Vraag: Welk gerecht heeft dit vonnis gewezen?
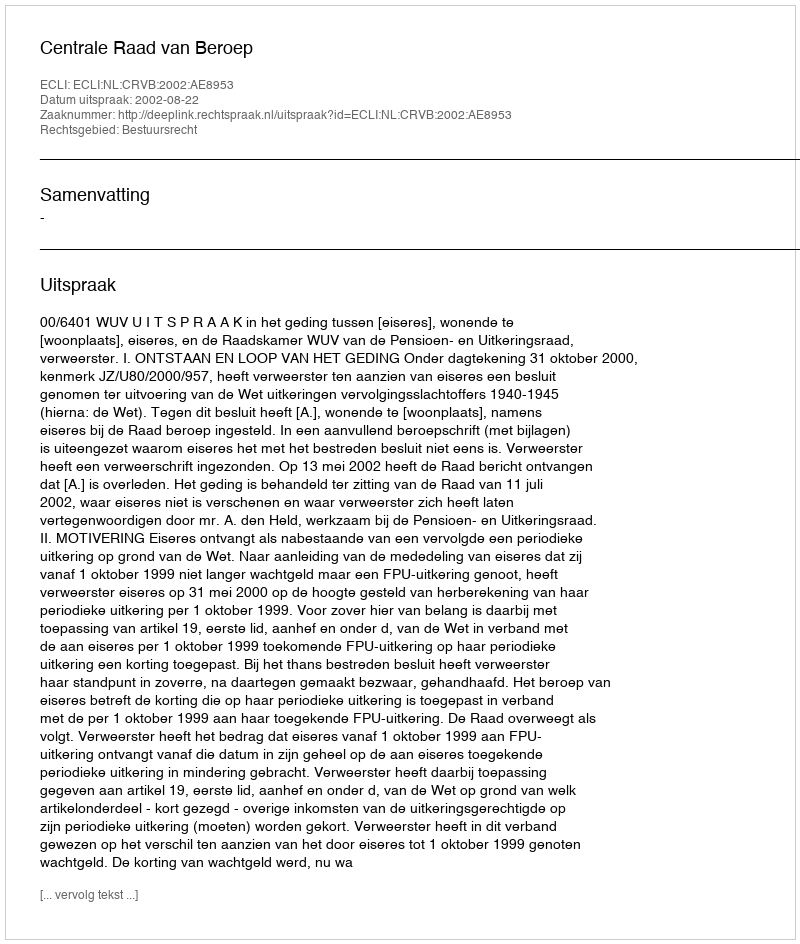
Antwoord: Centrale Raad van Beroep